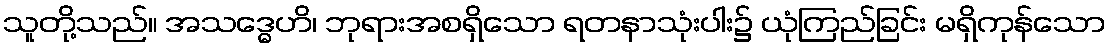
သူတို့သည်။ အသဒ္ဓေဟိ၊ ဘုရားအစရှိသော ရတနာသုံးပါး၌ ယုံကြည်ခြင်း မရှိကုန်သော